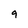
Character: 9